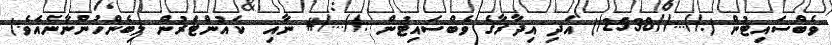
ވެބްސައިޓުން (://...//2538/) އަދި އިދާރާގެ ވެބްސައިޓުން ://.../# ނާއި  ކައުންޓަރުން ލިބެންހުންނާނެއެވެ.)